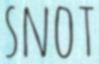
SNOT